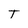
Character: T